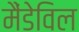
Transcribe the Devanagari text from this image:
मैंडेविल